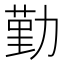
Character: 勤